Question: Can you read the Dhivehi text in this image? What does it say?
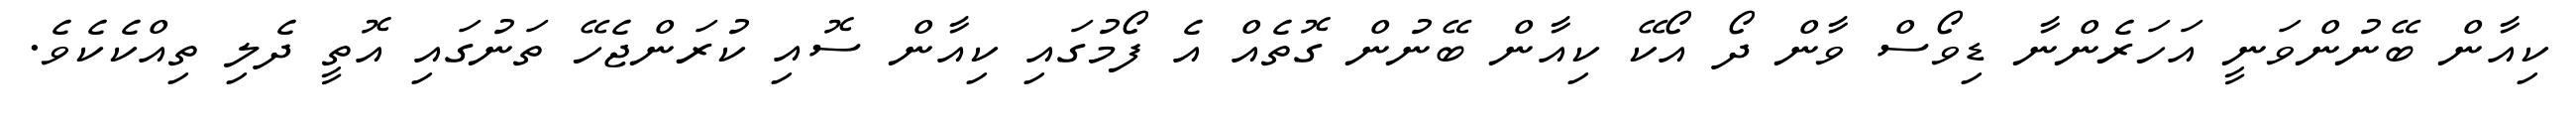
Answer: ކިއާން ބޭނުންވަނީ އަހަރެންނާ ޑިވޯސް ވާން ދޯ އޯކޭ ކިއާން ބޭނުން ގޮތެއް އެ ފޯމުގައި ކިއާން ސޮއި ކުރަންޖެހޭ ތަނުގައި އޮތީ ދެލި ތިއްކެކެވެ.